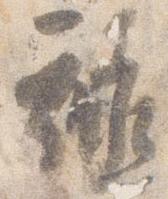
禄